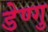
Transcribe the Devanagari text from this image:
डेण्गु